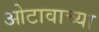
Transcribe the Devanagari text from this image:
ओटावाच्या